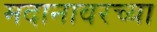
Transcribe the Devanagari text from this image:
मदानावरच्या